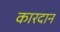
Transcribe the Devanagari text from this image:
कारदान